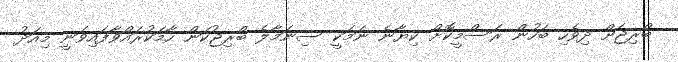
ބްރިޖަށް ދިވެހި ބަހުން ރަސްމީކޮށް ކިޔާނެ ނަމަކީ ސިނަމާލެ ބްރިޖުކަން ހާމަކުރައްވާފައިވަނީ މިއަދު